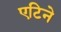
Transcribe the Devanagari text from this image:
एटिने